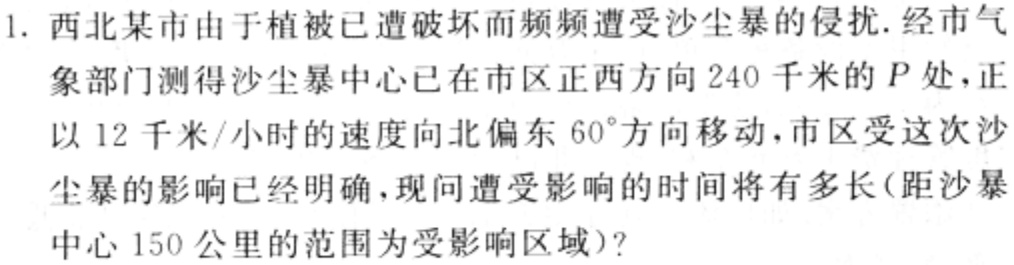
1. 西北某市由于植被已遭破坏而频频遭受沙尘暴的侵扰.经市气象部门测得沙尘暴中心已在市区正西方向 240 千米的\(P\)处，正以 12 千米/小时的速度向北偏东\(60^{\circ}\)方向移动，市区受这次沙尘暴的影响已经明确，现问遭受影响的时间将有多长（距沙尘暴中心 150 公里的范围为受影响区域）?